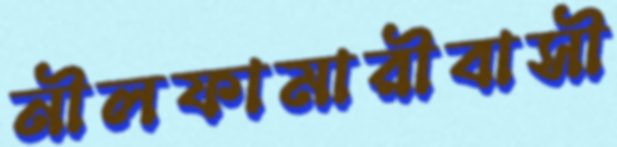
নীলফামারীবাসী